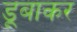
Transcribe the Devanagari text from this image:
डूबाकर